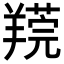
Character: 𦎻